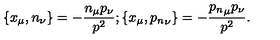
\{ x _ { \mu } , n _ { \nu } \} = - \frac { n _ { \mu } p _ { \nu } } { p ^ { 2 } } ; \{ x _ { \mu } , { p _ { n } } _ { \nu } \} = - \frac { { p _ { n } } _ { \mu } p _ { \nu } } { p ^ { 2 } } .